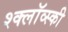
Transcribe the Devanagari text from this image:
श्क्लॉव्स्की